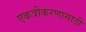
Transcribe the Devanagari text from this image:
एकत्रीकरणासाठी